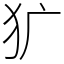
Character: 犷